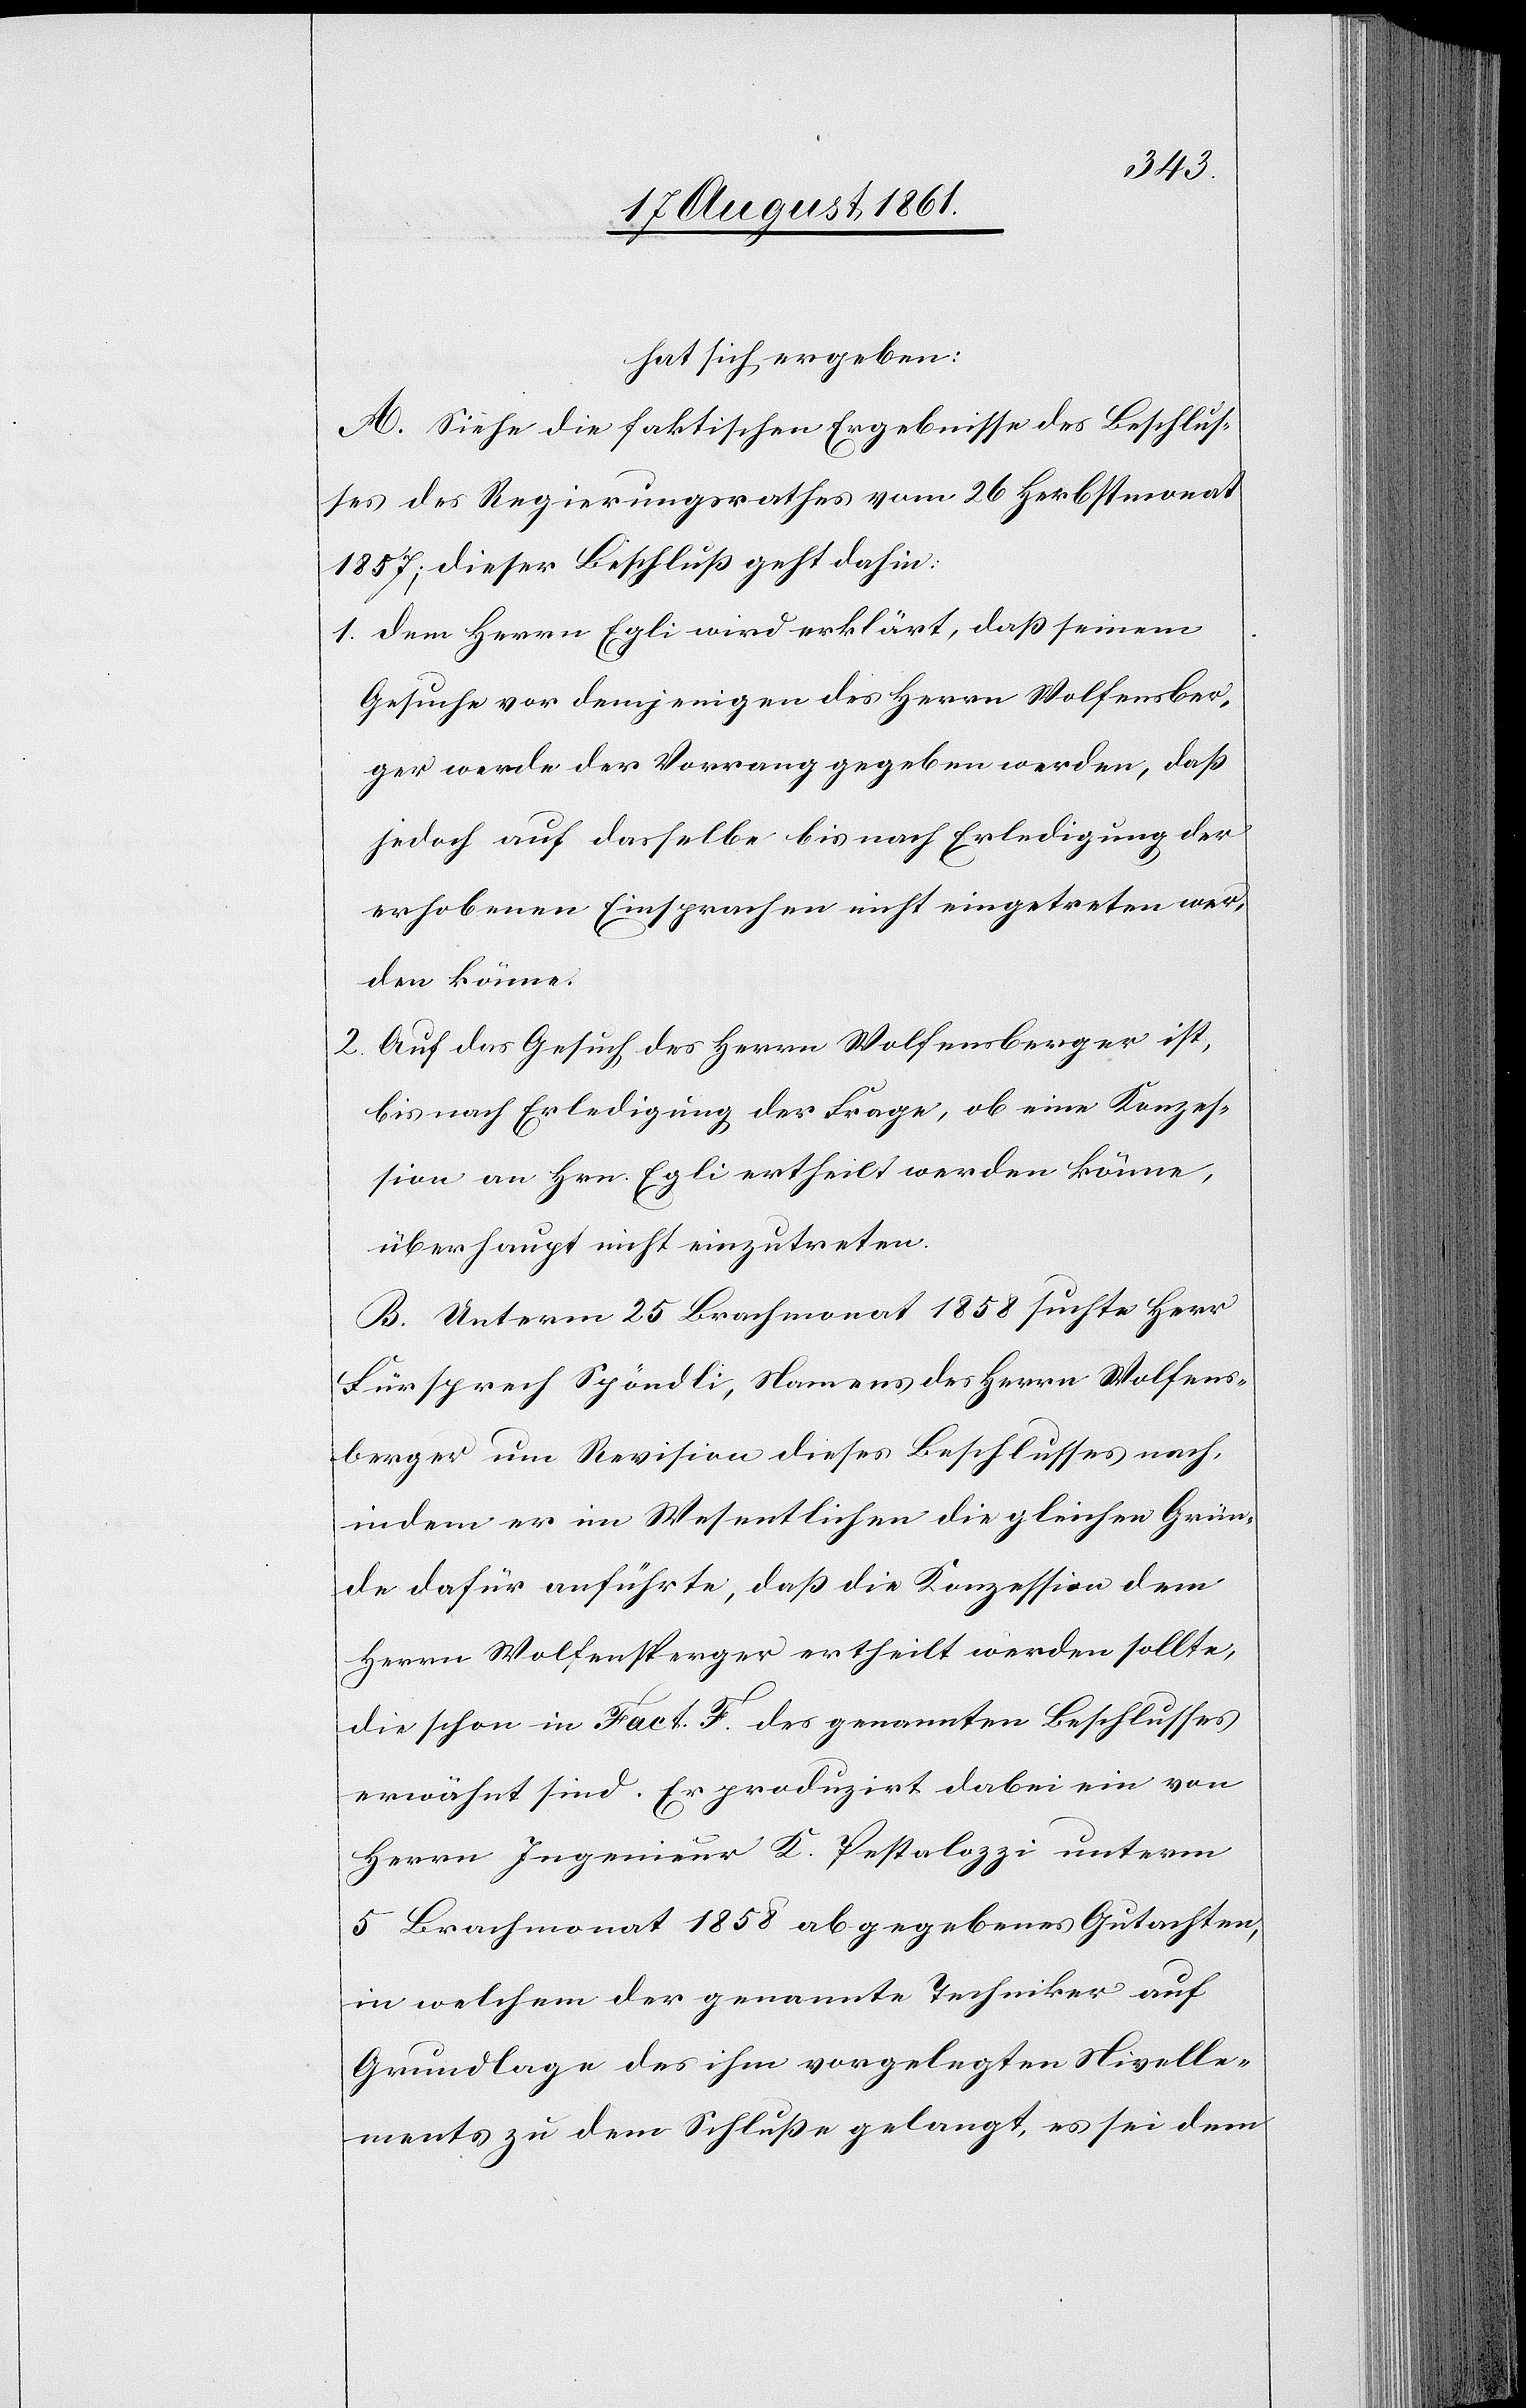
hat sich ergeben:
A. Siehe die faktischen Ergebnisse des Beschlus¬
ses des Regierungsrathes vom 26 Herbstmonat
1857; dieser Beschluß gehe dahin:
1. Dem Herrn Egli wird erklärt, daß seinem
Gesuche vor demjenigen des Herrn Wolfensber¬
ger werde der Vorrang gegeben werden, daß
jedoch auf dasselbe bis nach Erledigung der
erhobenen Einsprachen nicht eingetreten wer¬
den könne.
2. Auf das Gesuch des Herrn Wolfensberger ist,
bis nach Erledigung der Frage, ob eine Konzes¬
sion an Hrn. Egli ertheilt werden könne,
überhaupt nicht einzutreten.
B. Unterm 25 Brachmonat 1858 suchte Herr
Fürsprech Spöndli, Namens des Herrn Wolfens¬
berger um Revision dieses Beschlusses nach,
indem er im Wesentlichen die gleichen Grün¬
de dafür anführte, daß die Konzession dem
Herrn Wolfensberger ertheilt werden sollte,
die schon in Fact. F. des genannten Beschlusses
erwähnt sind. Er produzirt dabei ein von
Herrn Ingenieur K. Pestalozzi unterm
5 Brachmonat 1858 abgegebenes Gutachten,
in welchem der genannte Techniker auf
Grundlage des ihm vorgelegten Nivelle¬
ments zu dem Schluße gelangt, es sei dem